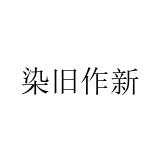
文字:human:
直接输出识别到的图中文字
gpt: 染旧作新